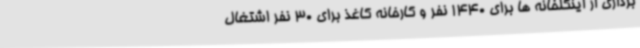
برداری از اینگلخانه ها برای 1440 نفر و کارخانه کاغذ برای 30 نفر اشتغال